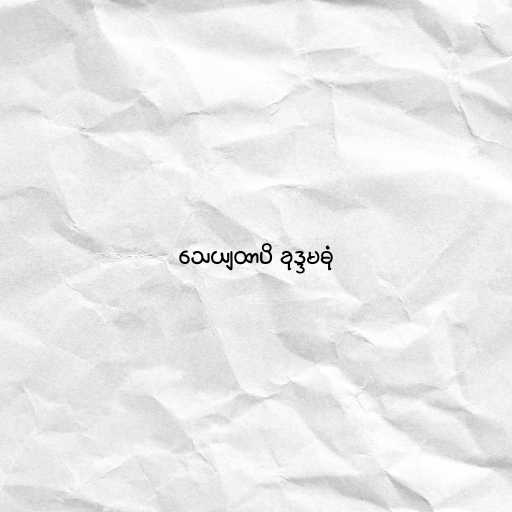
သေယျထာပိ ခုဒ္ဒမဓုံ